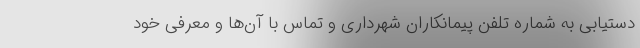
دستیابی به شماره تلفن پیمانکاران شهرداری و تماس با آن‌ها و معرفی خود